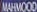
MAHMOOD